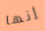
إنها